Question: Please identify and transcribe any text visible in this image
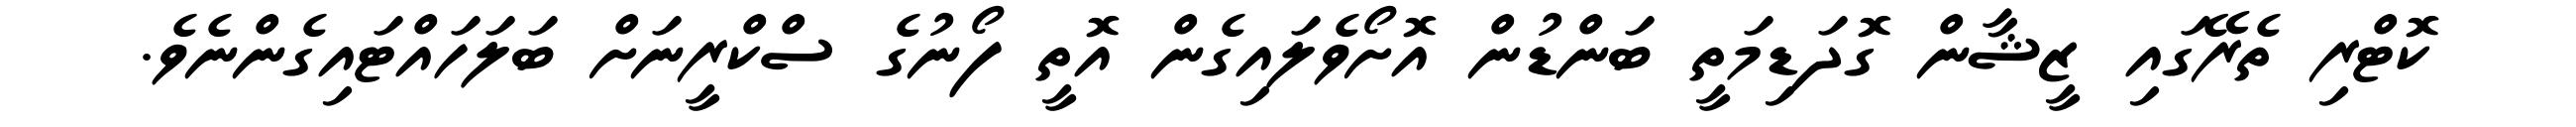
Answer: ކޮޓްރި ތެރޭގައި ޒީޝާން ގޮދަޑިމަތީ ބަންޑުން އޮށޯވެލައިގެން އޮތީ ފޯނުގެ ސްކްރީނަށް ބަލަހައްޓައިގެންނެވެ.